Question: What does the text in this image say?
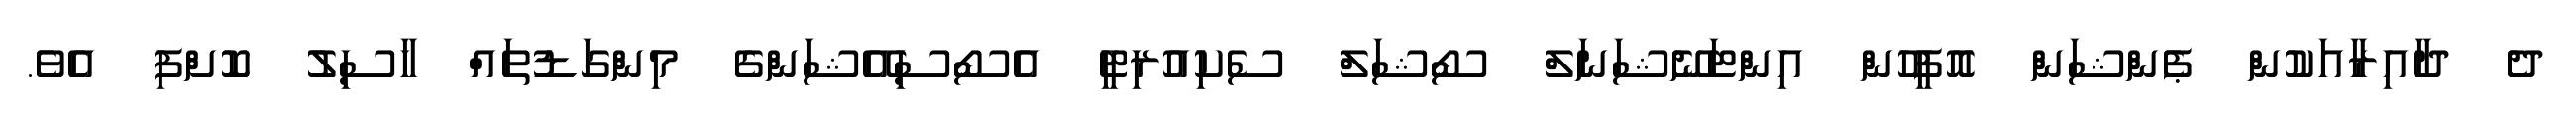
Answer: ދެ ދާއިރާއަކުން ޕެންޝަން އޮފީހުން އިންޓަނޭޝަނަލް ސޯޝަލް ސެކިއުރިޓީ އެސޯސިއޭޝަންގެ މިންގަޑުތައް ހާސިލު ކޮށްފި އެވެ.